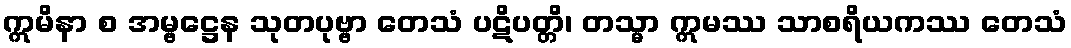
ဣမိနာ စ အမ္ဗဋ္ဌေန သုတပုဗ္ဗာ တေသံ ပဋိပတ္တိ၊ တသ္မာ ဣမဿ သာစရိယကဿ တေသံ